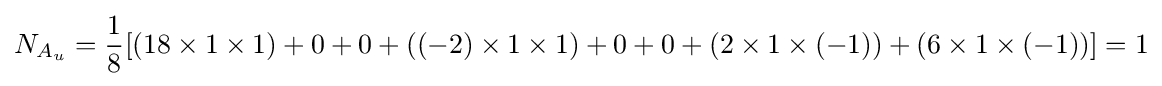
N_{A_{u}}={\frac {1}{8}}[(18\times 1\times 1)+0+0+((-2)\times 1\times 1)+0+0+(2\times 1\times (-1))+(6\times 1\times (-1))]=1